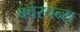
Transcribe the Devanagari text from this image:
क्वेस्चन्स